Civil Veterinary Dept. North-West Frontier Province 1901-22 - 1901-1922
Year: 1901
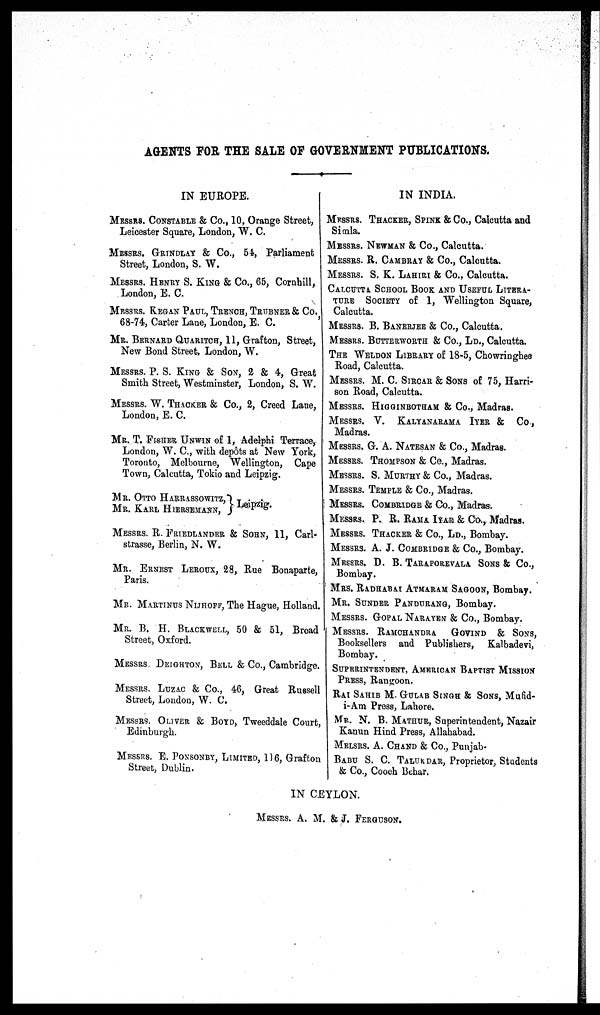
AGENTS FOR THE SALE OF GOVERNMENT PUBLICATIONS.
IN EUROPE.
MESSERS. CONSTABLE & Co., 10, Orange Street,
Leicester Square, London, W. C.
MESSERS. GRINDLAY & Co., 54, Parliament
Street, London, S. W.
MESSERS. HENRY S. KING & Co., 65, Cornhill,
London, E. C.
MESSERS. REGAN PAUL, TRENCH, TRUBNER & CO.,
68-74, Carter Lane, London, E. C.
MR. BERNARD QUARITCH, 11, Grafton, Street,
New Bond Street, London, W.
MESSERS. P. S. KING & SON, 2 & 4, Great
Smith Street, Westminster, London, S. W.
MESSERS. W. THACKER & Co., 2, Creed Lane,
London, E. C.
MR. T. FISHER UNWIN of 1, Adelphi Terrace,
London, W. C, with depôts at New York,
Toronto, Melbourne, Wellington, Cape
Town, Calcutta, Tokio and Leipzig.
MR. OTTO HARRASSOWITZ,
MR. KARL HIERSEMANN,
} Leipzig.
MESSERS. R. FRIEDLANDER & SOHN, 11, Carl-
strasse, Berlin, N. W.
MR. ERNEST LEROUX, 28, Rue Bonaparte,
Paris.
MR. MARTINUS NIJHOFF, The Hague, Holland.
MR. B. H. BLACKWELL, 50 & 51, Broad
Street, Oxford.
MESSERS DEIGHTON, BELL & Co., Cambridge.
MESSERS. LUZAC & Co., 46, Great Russell
Street, London, W. C.
MESSERS. OLIVER & BOYD, Tweeddale Court,
Edinburgh.
MESSERS. E. PONSONBY, LIMITED, 116, Grafton
Street, Dublin.
IN INDIA.
MESSERS. THACKER, SPINK & Co., Calcutta and
Simla.
MESSERS. NEWMAN & Co., Calcutta.
MESSERS. R. CAMBRAY & Co., Calcutta.
MESSERS. S. K. LAHIRI & Co., Calcutta.
CALCUTTA SCHOOL BOOK AD USEFUL LITERA-
---- SOCIETY of 1, Wellington Square,
Calcutta.
MESSERS. B. BANERJEE & Co., Calcutta.
MESSERS. BUTTERWORTH & Co., LD., Calcutta.
THE WELDON LIBRARY of 18-5, Chowringhee
Road, Calcutta.
MESSERS. M. C. SIRCAR & SONS of 75, Harri-
son Road, Calcutta.
MESSERS. HIGGINBOTHAM & Co., Madras.
MESSERS. V. KALYNARAMA IYER & Co.,
Madras.
MESSERS. G. A. NATESAN & Co., Madras.
MESSERS. THOMPSON & Co., Madras.
MESSERS. S. MURTHY & Co., Madras.
MESSERS. TEMPLE & Co., Madras.
MESSERS. COMBRIDGE & Co., Madras.
MESSERS. P. R. RAMA IYAR & Co., Madras.
MESSERS. THACKER & Co., LD., Bombay.
MESSERS. A. J. COMBRIDGE & Co., Bombay.
MESSERS. D. B. TARAPOREVALA SONS & Co.,
Bombay.
MRS. RADHABAI ATMARAM SAGOON, Bombay.
MR. SUNDER PANDURANG, Bombay.
MESSERS. GOPAL NARAYEN & Co., Bombay.
MESSERS. RAMCHANDRA GOVIND & SONS,
Booksellers and Publishers, Kalbadevi,
Bombay.
SUPRITENDENT, AMERICAN BAPTIST MISSION
PRESS, Rangoon.
RAI SAHIB M. GULAB SINGH & SONS, Mufid-
i-Am Press, Lahore.
MR. N. B. MATHUR, Superintendent, Nazair
Kanun Hind Press, Allahabad.
MELSRS. A. CHAND & Co., Punjab-
BABU S. C. TALUKDAR, Proprietor, Students
& Co., Cooch Behar.
IN CEYLON.
MESSERS. A. M. & J. FERGUSON.